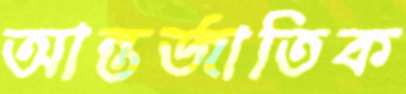
আন্তর্জাতিক